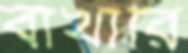
বাখারি